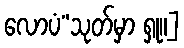
လောပံ”သုတ်မှာ ရှု။]